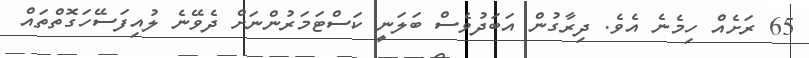
65 ރަށެއް ހިމެނެ އެވެ. ދިރާގުން އަބަދުވެސް ބަލަނީ ކަސްޓަމަރުންނަށް ދެވޭނެ ލުއިފަސޭހަގޮތްތައް